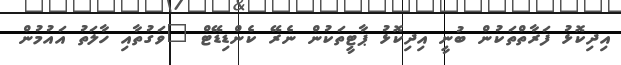
އިދިކޮޅު ފަރާތްތަކުން ބުނީ އިދިކޮޅު ޕާޓީތަކުން ނެރޭ ކެންޑިޑޭޓް "ވަގުތާއި ހާލަތު އައުމުން